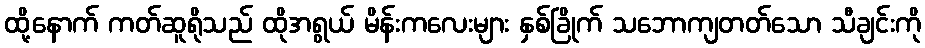
ထို့နောက် ကတ်ဆူရိုသည် ထိုအရွယ် မိန်းကလေးများ နှစ်ခြိုက် သဘောကျတတ်သော သီချင်းကို